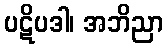
ပဋိပဒါ၊ အဘိညာ